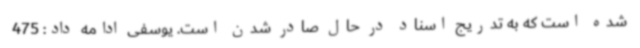
شده است که به تدریج اسناد در حال صادر شدن است. یوسفی ادامه داد: 475